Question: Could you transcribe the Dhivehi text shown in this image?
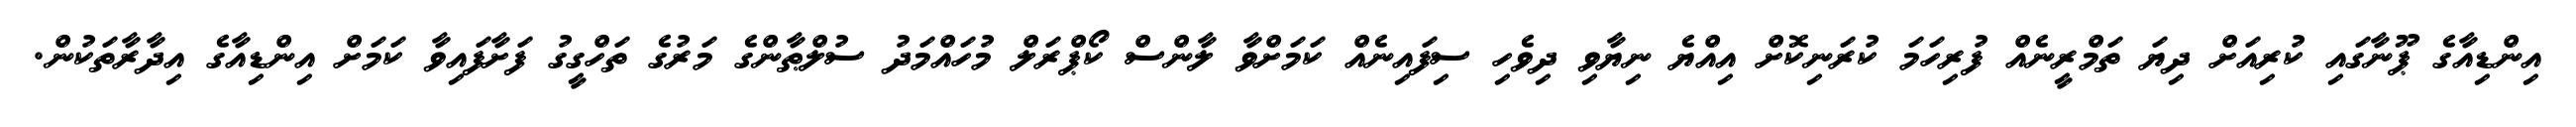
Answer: އިންޑިއާގެ ޕޫނާގައި ކުރިއަށް ދިޔަ ތަމްރީނެއް ފުރިހަމަ ކުރަނިކޮށް އިއްޔެ ނިޔާވި ދިވެހި ސިފައިނެއް ކަމަށްވާ ލާންސް ކޯޕްރަލް މުހައްމަދު ސުލްޠާންގެ މަރުގެ ތަހްގީގު ފަށާފައިވާ ކަމަށް އިންޑިއާގެ އިދާރާތަކުން.